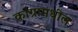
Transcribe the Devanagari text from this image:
कांग्रामधील